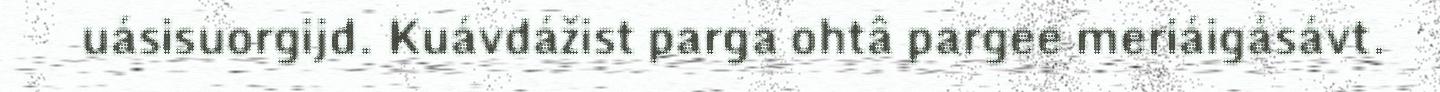
uásisuorgijd. Kuávdážist parga ohtâ pargee meriáigásávt.